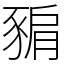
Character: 𧱚